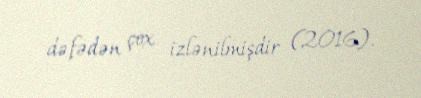
dəfədən çox izlənilmişdir (2016).